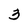
Character: 3